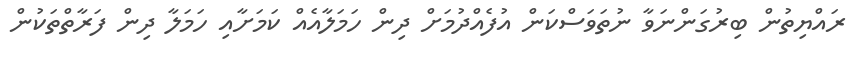
ރައްޔިތުން ބިރުގަންނަވާ ނުތަވަސްކަން އުފެއްދުމަށް ދިން ހަމަލާއެއް ކަމަށާއި ހަމަލާ ދިން ފަރާތްތަކުން